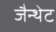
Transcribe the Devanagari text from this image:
जैन्थेट